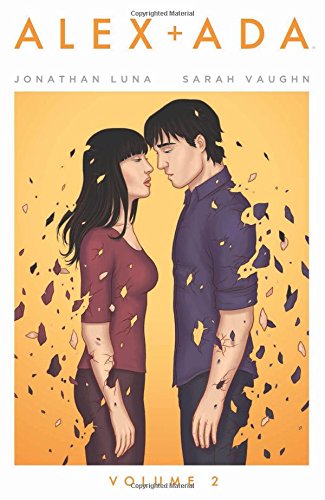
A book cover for Alex + Ada Volume 2 (Alex + ADA Tp); Jonathan Luna; Comics & Graphic Novels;